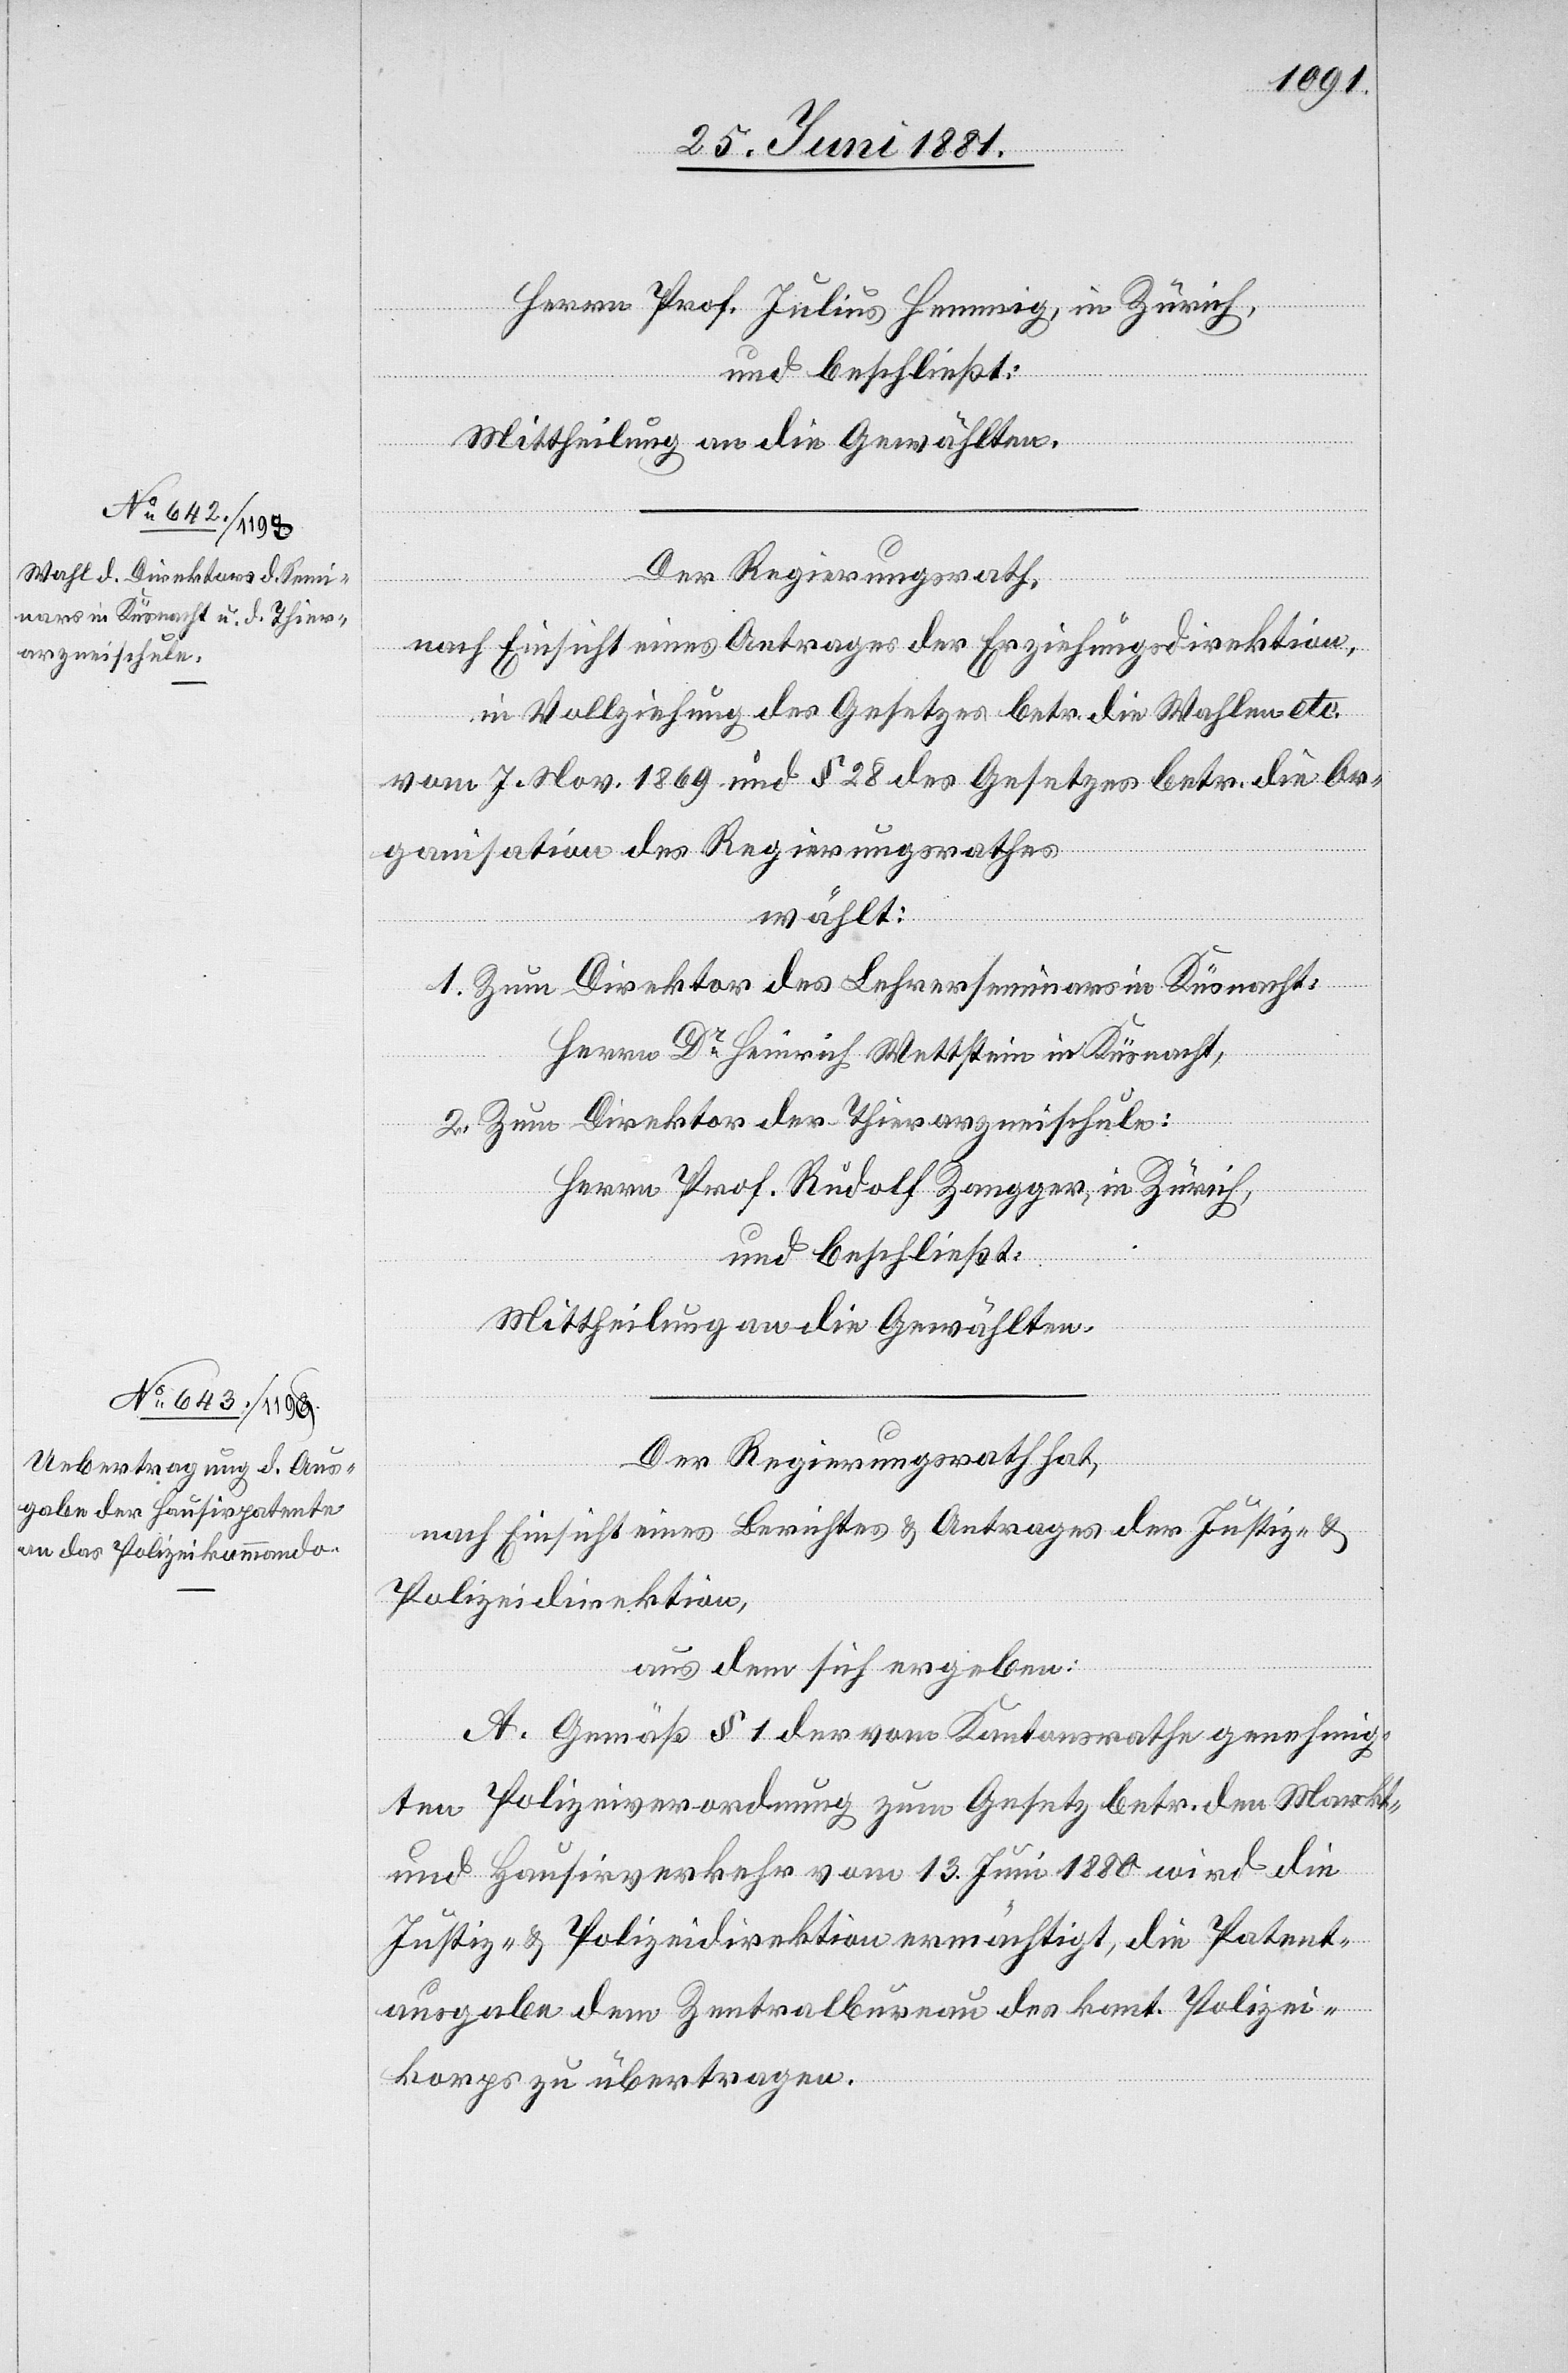
Herrn Prof. Julius Hemmig, in Zürich,
und beschließt:
Mittheilung an die Gewählten.
Der Regierungsrath,
nach Einsicht eines Antrages der Erziehungsdirektion,
in Vollziehung des Gesetzes betr. die Wahlen etc.
vom 7. Nov. 1869 & § 28 des Gesetzes betr. die Or¬
ganisation des Regierungsrathes,
wählt:
1. Zum Direktor des Lehrerseminars in Küsnacht:
Herrn Dr Heinrich Wettstein in Küsnacht,
2. Zum Direktor der Thierarzneischule:
Herrn Prof. Rudolf Zangger, in Zürich,
und beschließt:
Mittheilung an die Gewählten.
Der Regierungsrath hat,
nach Einsicht eines Berichtes & Antrages der Justiz- &
Polizeidirektion,
aus dem sich ergeben:
A. Gemäß § 1 der vom Kantonsrathe genehmig¬
ten Polizeiverordnung zum Gesetz betr. den Markts-
und Hausirverkehr vom 13. Juni 1880 wird die
Justiz- & Polizeidirektion ermächtigt, die Patent¬
ausgabe dem Zentralbureau des kant. Polizei¬
korps zu übertragen.